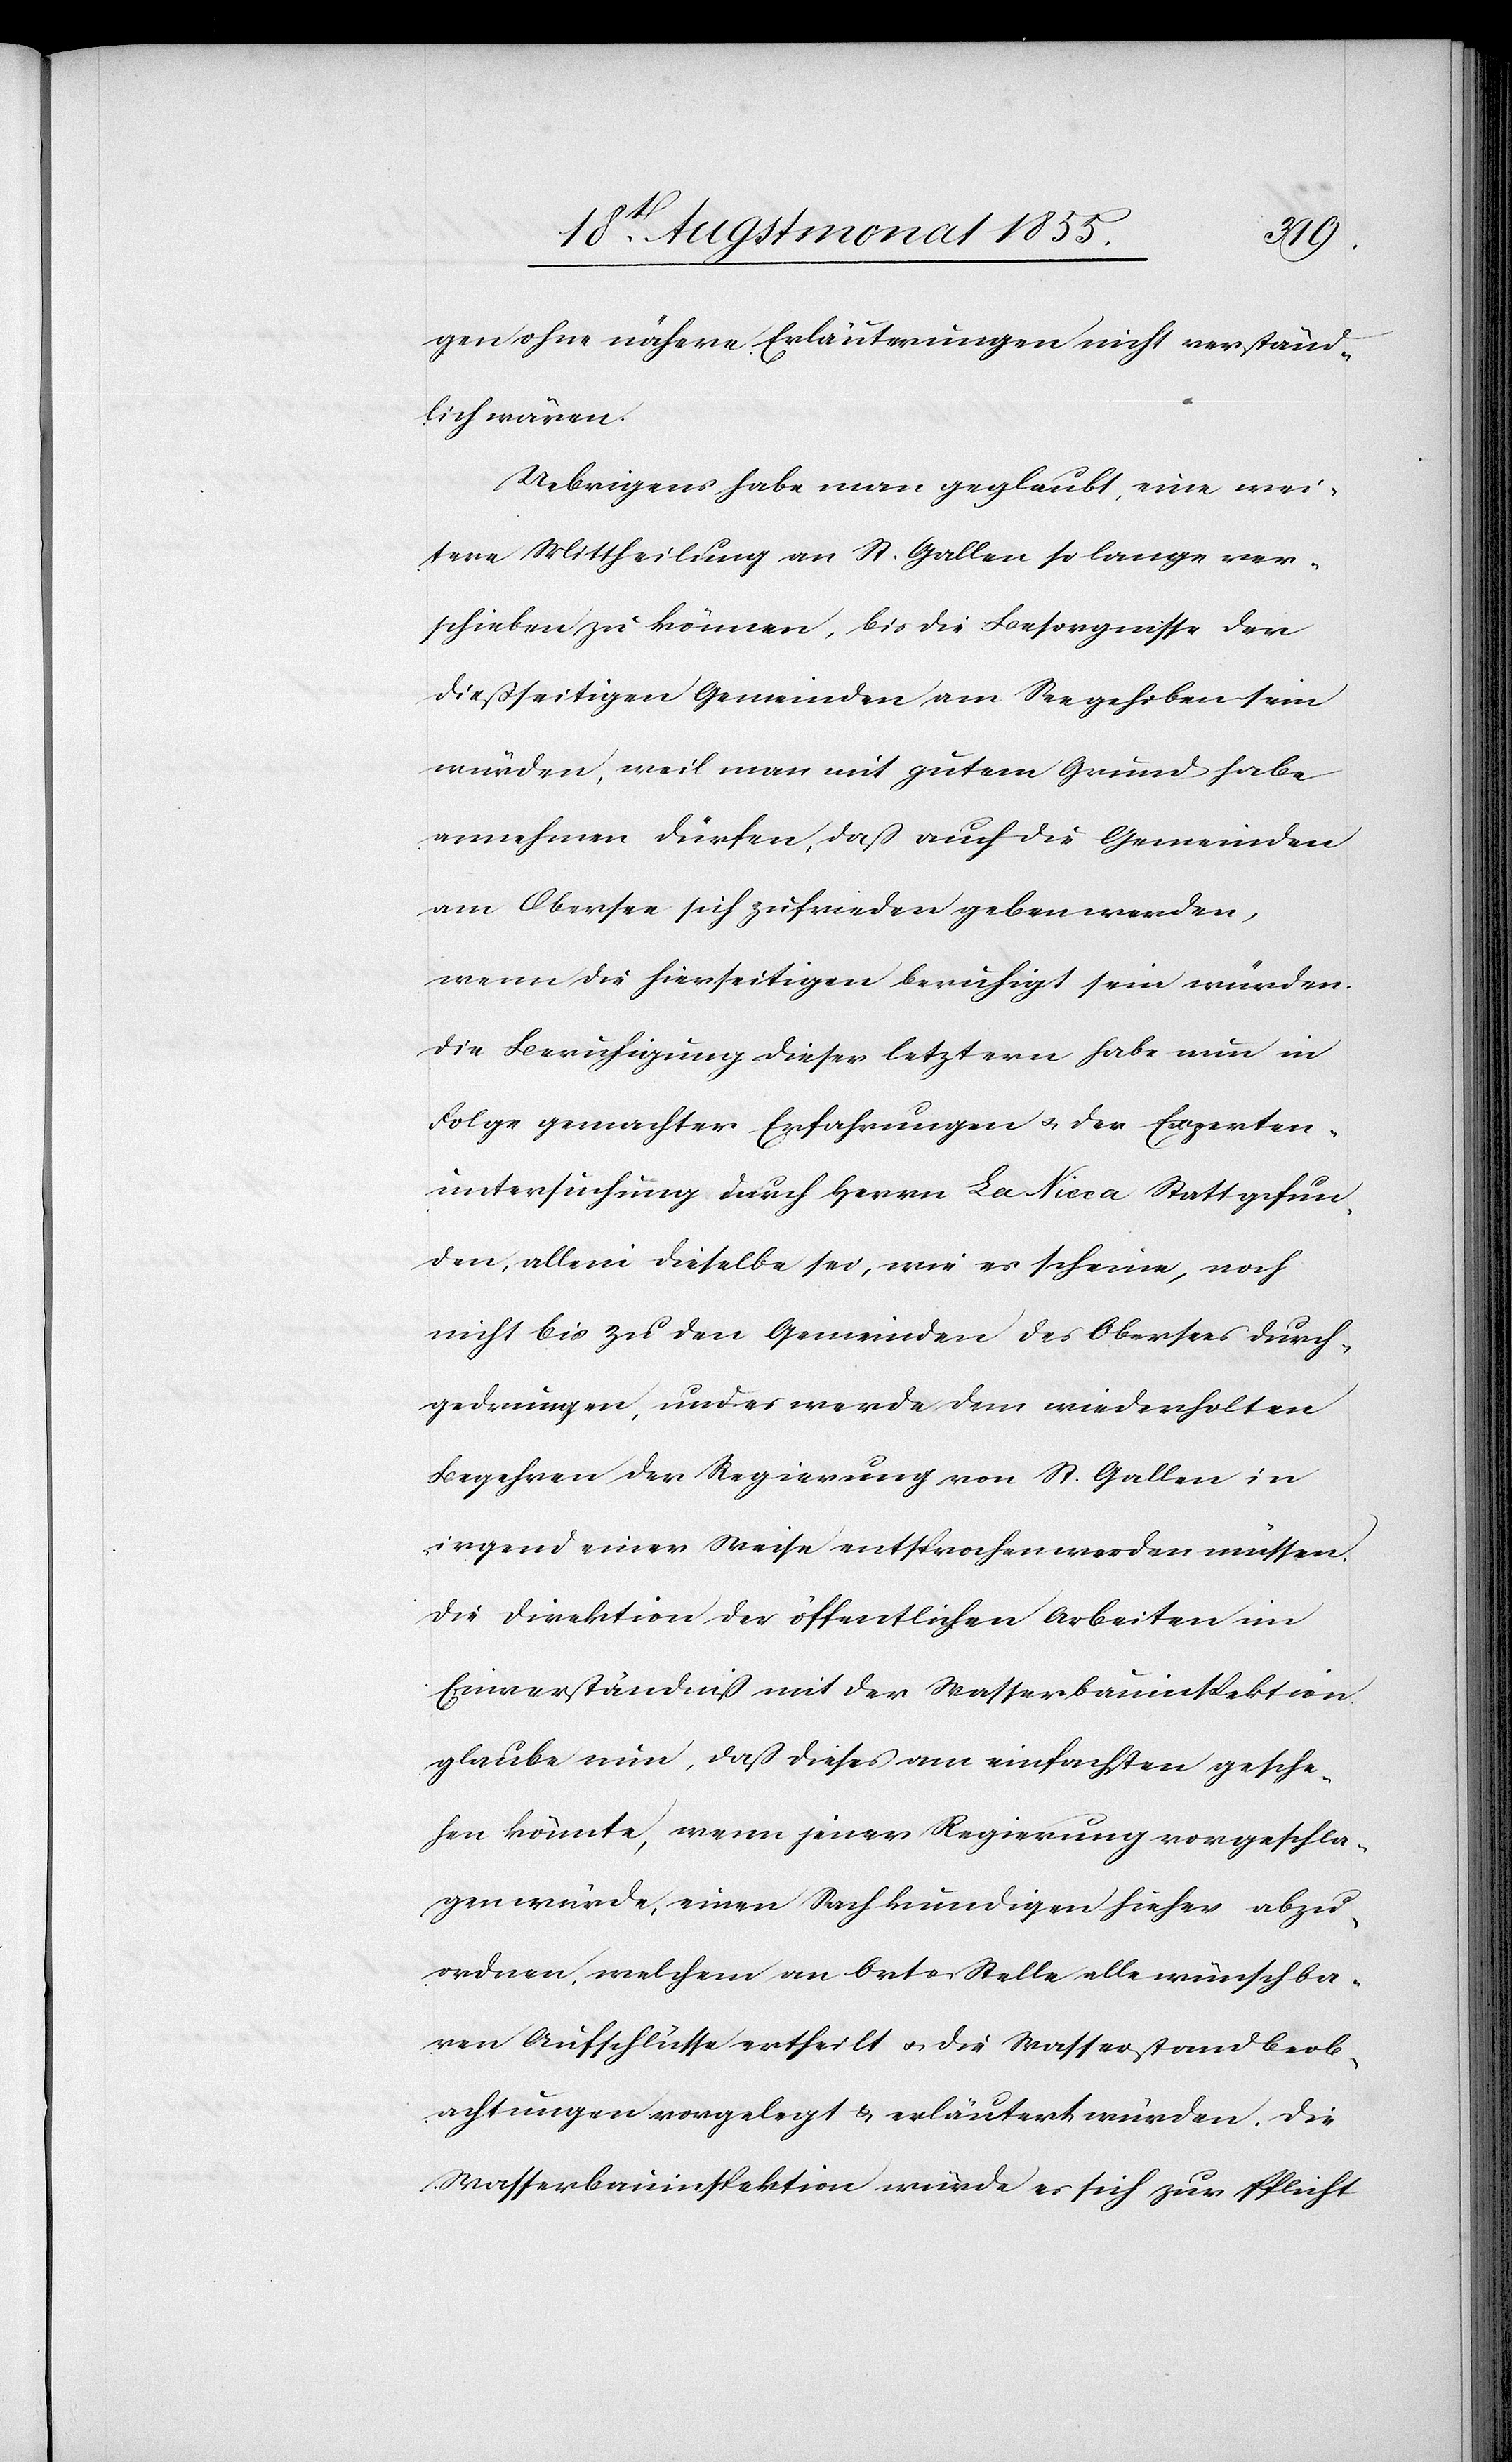
gen ohne nähere Erläuterungen nicht verständ¬
lich wären.
Uebrigens habe man geglaubt, eine wei¬
tere Mittheilung an St. Gallen so lange ver¬
schieben zu können, bis die Besorgnisse der
dießseitigen Gemeinden am See gehoben sein
würden, weil man mit gutem Grund habe
annehmen dürfen, daß auch die Gemeinden
am Obersee sich zufrieden geben werden,
wenn die hierseitigen beruhigt sein würden.
Die Beruhigung dieser letztern habe nun in
Folge gemachter Erfahrungen & der Experten¬
untersuchung durch Herrn La Nicca Statt gefun¬
den, allein dieselbe sei, wie es scheine, noch
nicht bis zu den Gemeinden des Obersees durch¬
gedrungen, und es werde dem wiederholten
Begehren der Regierung von St. Gallen in
irgend einer Weise entsprochen werden müssen.
Die Direktion der öffentlichen Arbeiten im
Einverständniß mit der Wasserbauinspektion
glaube nun, daß dieses am einfachsten gesche¬
hen könnte, wenn jener Regierung vorgeschla¬
gen würde, einen Sachkundigen hieher abzu¬
ordnen, welchem an Ort & Stelle alle wünschba¬
ren Aufschlüsse ertheilt & die Wasserstandbeob¬
achtungen vorgelegt & erläutert würden. Die
Wasserbauinspektion würde es sich zur Pflicht